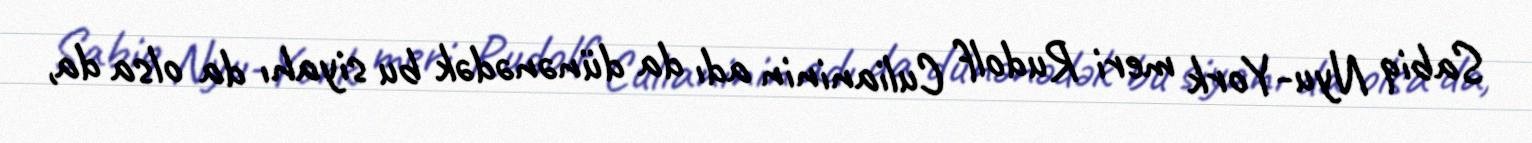
Sabiq Nyu-York meri Rudolf Culianinin adı da dünənədək bu siyahı da olsa da,